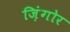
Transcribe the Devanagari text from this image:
ज़िंगोर